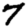
Digit: 7